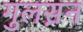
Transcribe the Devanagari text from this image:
गुलस़न